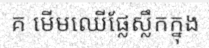
គ មើមឈើផ្លែស្លឹកក្នុង